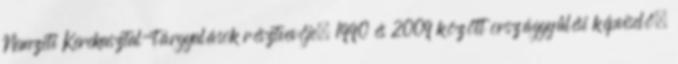
Nemzeti Kerekasztal-tárgyalások résztvevője. 1990 és 2009 között országgyűlési képviselő,